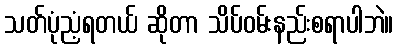
သတ်ပုံညံ့ရတယ် ဆိုတာ သိပ်ဝမ်းနည်းစရာပါဘဲ။